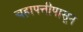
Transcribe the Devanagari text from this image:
चहापत्तीपासून